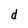
Character: d